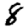
Digit: 8